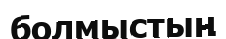
болмыстың